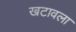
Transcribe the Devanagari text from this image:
खटावला